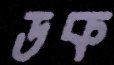
ডক